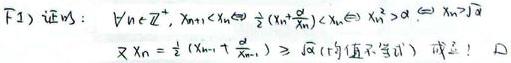
1. 证明：\(\forall n\in\mathbb{Z}^{+},x_{n + 1}<x_{n}\Leftrightarrow\frac{1}{2}(x_{n}+\frac{a}{x_{n}})<x_{n}\Leftrightarrow x_{n}^{2}>a\Leftrightarrow x_{n}>\sqrt{a}\)
   - 又\(x_{n}=\frac{1}{2}(x_{n - 1}+\frac{a}{x_{n - 1}})\geqslant\sqrt{a}\)（均值不等式）成立。